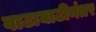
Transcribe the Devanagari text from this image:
वाटाघाटीनंतर